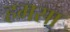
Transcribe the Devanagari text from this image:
हमसा